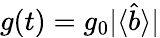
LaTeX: g(t)=g_{0}|\langle\hat{b}\rangle|